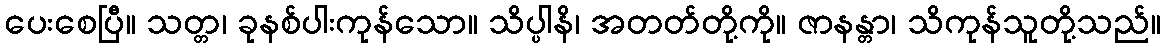
ပေးစေပြီ။ သတ္တ၊ ခုနစ်ပါးကုန်သော။ သိပ္ပါနိ၊ အတတ်တို့ကို။ ဇာနန္တာ၊ သိကုန်သူတို့သည်။